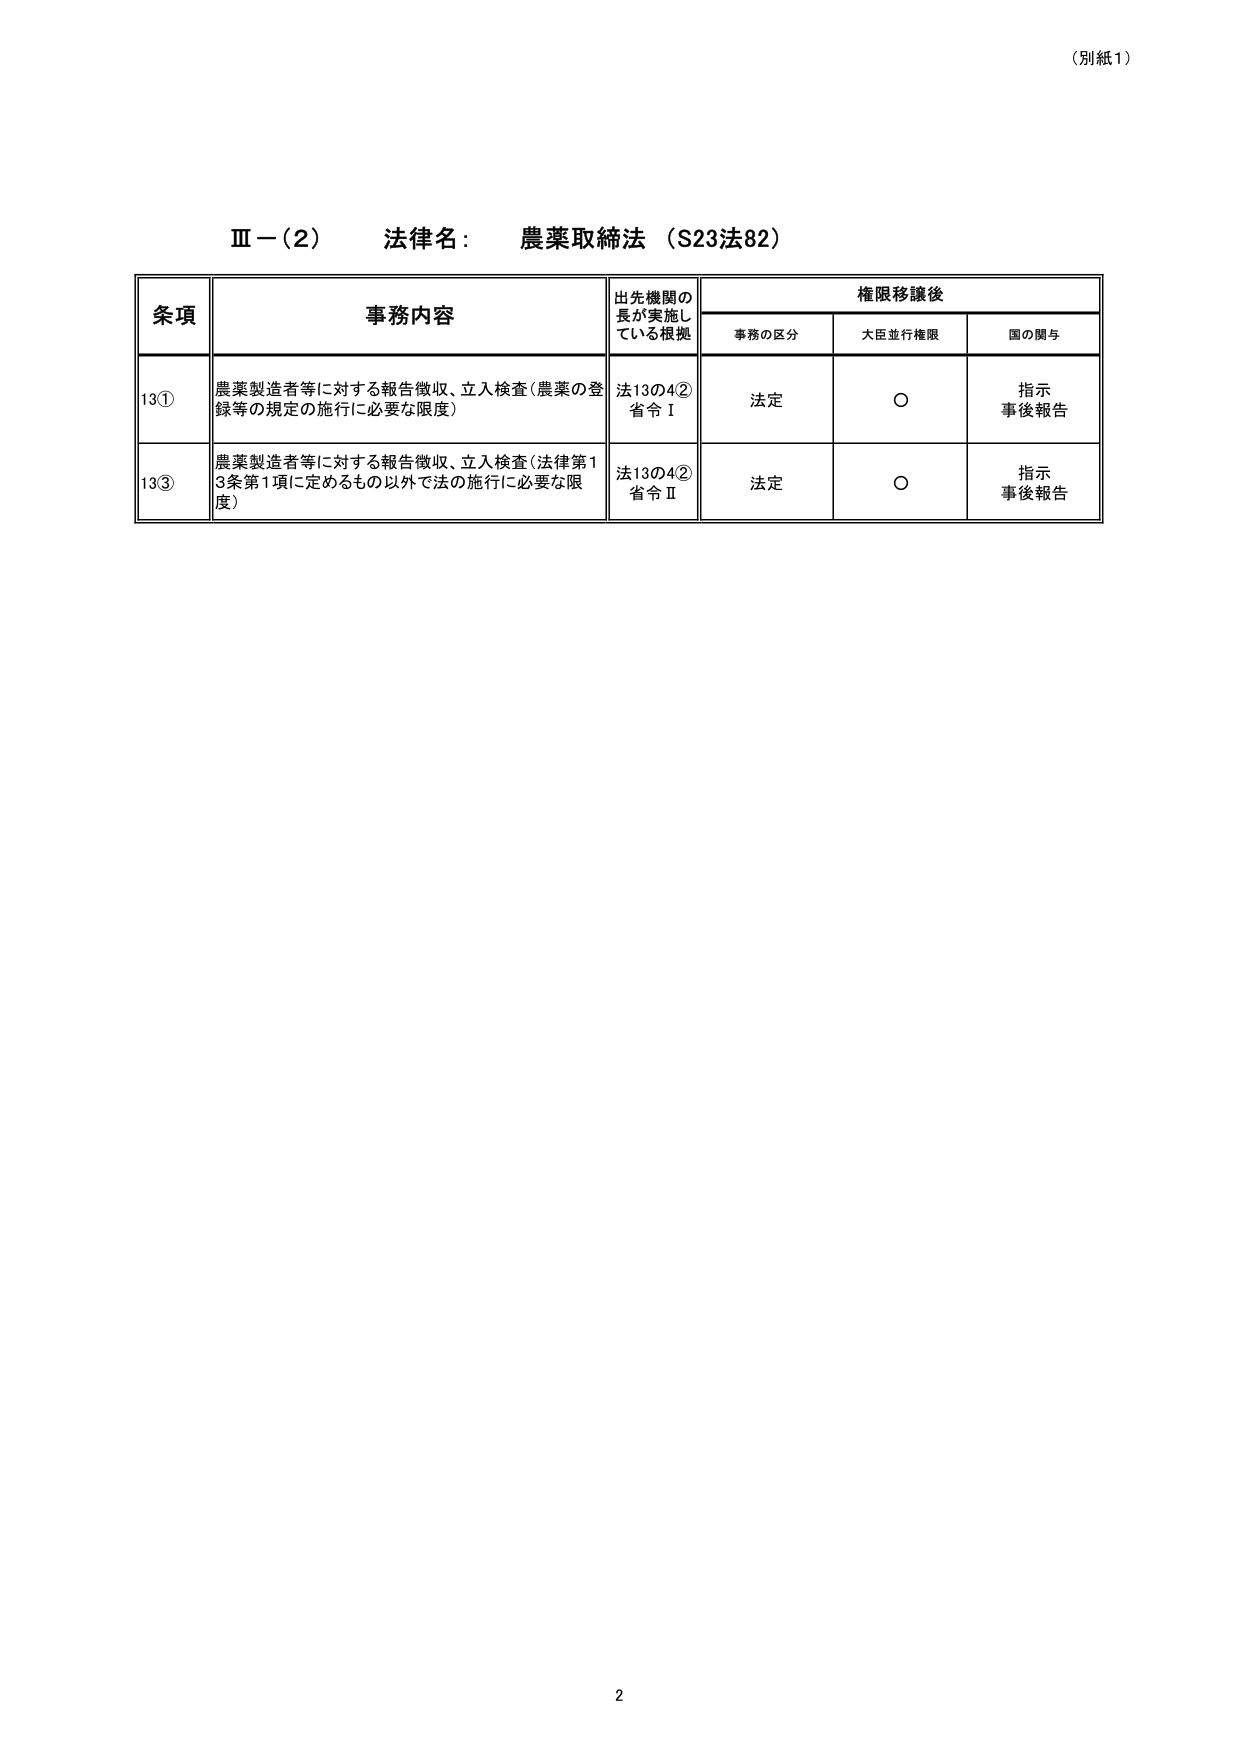
（別紙1）

Ⅲ－（2）　法律名：　農薬取締法（S23法82）

条項　　　　　　　事務内容　　　　　　　　　出先機関の長が実施している根拠　　　　　権限移譲後
　　　　　　　　　　　　　　　　　　　　　　　　　　　　　　　　　　　　　　事務の区分　　大臣並行権限　　国の関与

13①　農薬製造者等に対する報告徴収、立入検査（農薬の登録等の規定の施行に必要な限度）　　法13の4②　　法定　　　　○　　　　指示
　　　　　　　　　　　　　　　　　　　　　　　　　　　　　　　　　　　　　　　　　　　省令Ⅰ　　　　　　　　　　事後報告

13③　農薬製造者等に対する報告徴収、立入検査（法律第13条第1項に定めるもの以外で法の施行に必要な限度）　　法13の4②　　法定　　　　○　　　　指示
　　　　　　　　　　　　　　　　　　　　　　　　　　　　　　　　　　　　　　　　　　　省令Ⅱ　　　　　　　　　　事後報告

2